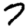
Digit: 7